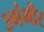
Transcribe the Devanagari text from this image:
३गंभीर